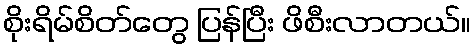
စိုးရိမ်စိတ်တွေ ပြန်ပြီး ဖိစီးလာတယ်။